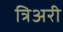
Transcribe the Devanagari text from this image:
त्रिअरी